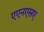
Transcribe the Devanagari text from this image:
एएनएसए